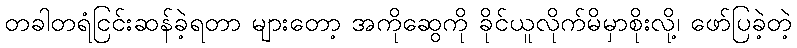
တခါတရံငြင်းဆန်ခဲ့ရတာ များတော့ အကိုဆွေကို ခိုင်ယူလိုက်မိမှာစိုးလို့၊ ဖော်ပြခဲ့တဲ့